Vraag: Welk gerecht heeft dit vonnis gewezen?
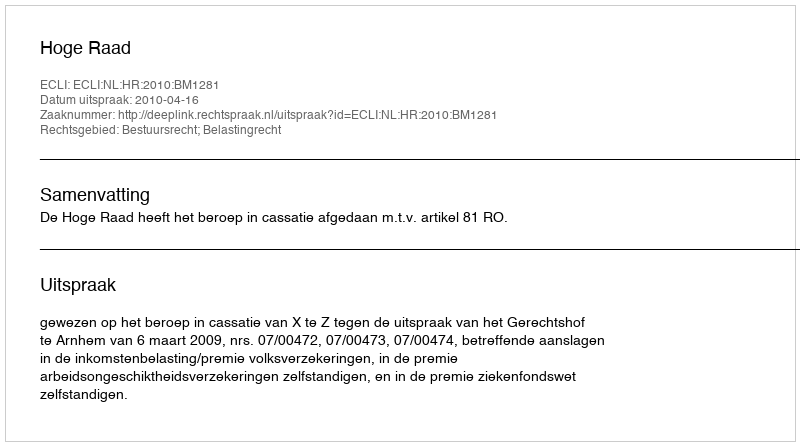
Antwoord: Hoge Raad